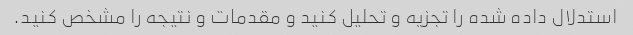
استدلال داده شده را تجزیه و تحلیل کنید و مقدمات و نتیجه را مشخص کنید.